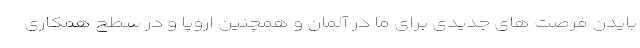
بایدن فرصت های جدیدی برای ما در آلمان و همچنین اروپا و در سطح همکاری